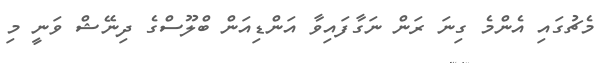
މެޗުގައި އެންމެ ގިނަ ރަން ނަގާފައިވާ އަންޑިއަން ބްލޫސްގެ ދިނޭޝް ވަނީ މި